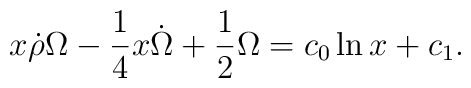
x \dot{\rho} \Omega - \frac{1}{4} x \dot{\Omega} + \frac{1}{2}\Omega = c_0 \ln x + c_1 .